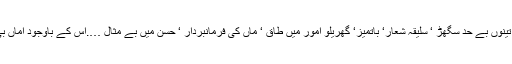
تین جوان جہاں لڑکیاں تھیں اس گھر میں تینوں کی تینوں بے حد سگھڑ ‘ سلیقہ شعار‘ باتمیز‘ گھریلو امور میں طاق ‘ ماں کی فرمانبردار ‘ حسن میں بے مثال ….اس کے باوجود اماں بی کو ان کے رنگ ڈھنگ ایک آنکھ نہ بھاتے تھے۔